Senior Leaving Certificate Examination (including Day School Certificate (Higher) General paper), 1948
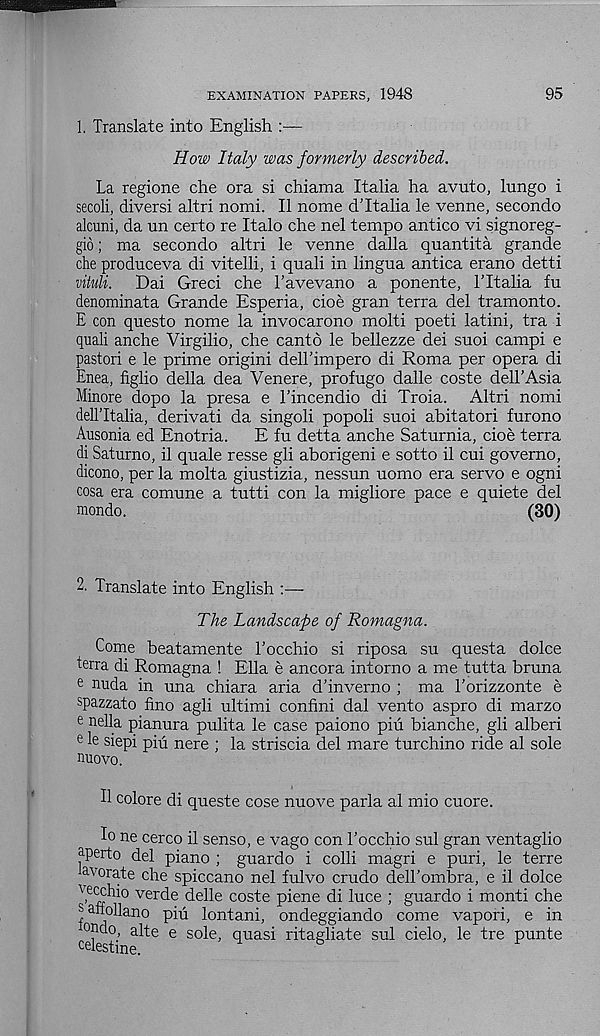
EXAMINATION PAPERS, 1948
95
1. Translate into English
How Italy was formerly described.
La regione che ora si chiama Italia ha avuto, lungo i
secoli, diversi altri nomi. II nome d’ltalia le venne, secondo
alcuni, da un certo re Italo che nel tempo antico vi signoreg-
gio; ma secondo altri le venne dalla quantita grande
che produceva di vitelli, i quali in lingua antica erano detti
vituli.
Dai Greci che Tavevano a ponente, 1’Italia fu
denominata Grande Esperia, cioe gran terra del tramonto.
E con questo nome la invocarono molti poeti latini, tra i
quali anche Virgilio, che canto le bellezze dei suoi campi e
pastori e le prime origini dell’impero di Roma per opera di
Enea, figlio della dea Venere, profugo dalle coste dell’Asia
Minore dopo la presa e Lincendio di Troia. Altri nomi
dellTtalia, derivati da singoli popoli suoi abitatori furono
Ausonia ed Enotria.
E fu detta anche Saturnia, cioe terra
di Saturno, il quale resse gli aborigeni e sotto il cui governo,
dicono, per la molta giustizia, nessun uomo era servo e ogni
cosa era comune a tutti con la migliore pace e quiete del
mondo.
(30)
2. Translate into English :—-
The Landscape of Romagna.
Come beatamente 1’occhio si riposa su questa dolce
terra di Romagna ! Ella e ancora intorno a me tutta bruna
e nuda in una chiara aria d’inverno ; ma 1’orizzonte e
spazzato fino agli ultimi confini dal vento aspro di marzo
e nella pianura pulita le case paiono piu bianche, gli alberi
e le siepi piu nere ; la striscia del mare turchino ride al sole
nuovo.
II colore di queste cose nuove par la al mio cuore.
Io ne cerco il sense, e vago con Tocchio sul gran ventaglio
aperto del piano ; guardo i colli magri e puri, le terre
avorate che spiccano nel fulvo crudo deh’ombra, e il dolce
vecchio verde delle coste piene di luce ; guardo i monti che
sahollano piA lontani, ondeggiando come vapori, e in
c°j
a^e e sole, quasi ritagliate sul cielo, le tre punte